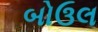
બોઉલ